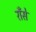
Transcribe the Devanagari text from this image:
राँसे